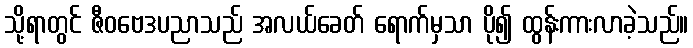
သို့ရာတွင် ဇီဝဗေဒပညာသည် အလယ်ခေတ် ရောက်မှသာ ပို၍ ထွန်းကားလာခဲ့သည်။